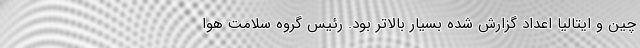
چین و ایتالیا اعداد گزارش شده بسیار بالاتر بود. رئیس گروه سلامت هوا